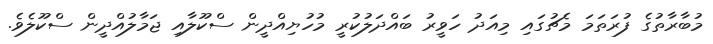
މުބާރާތުގެ ފުރަތަމަ މެޗުގައި މިއަދު ހަވީރު ބައްދަލުކުރީ މުހުޔިއްދީން ސްކޫލާއި ޖަމާލުއްދީން ސްކޫލެވެ.